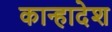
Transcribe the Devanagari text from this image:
कान्हादेश